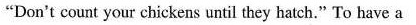
"Dan't count your chickens until they hatch." To have a